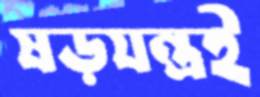
ষড়যন্ত্রই